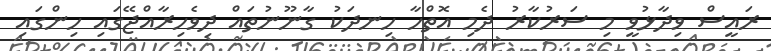
ރައީސް ވިދާޅުވީ މި ސަރުކާރު ދެމި އޮތްހާ ހިނދަކު ގާނޫނުތަައް ދިވެހިރާއްޖޭގައި ހިންގައި